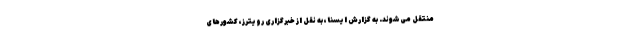
منتقل می‌شوند. به گزارش ایسنا، به نقل از خبرگزاری رویترز، کشورهای